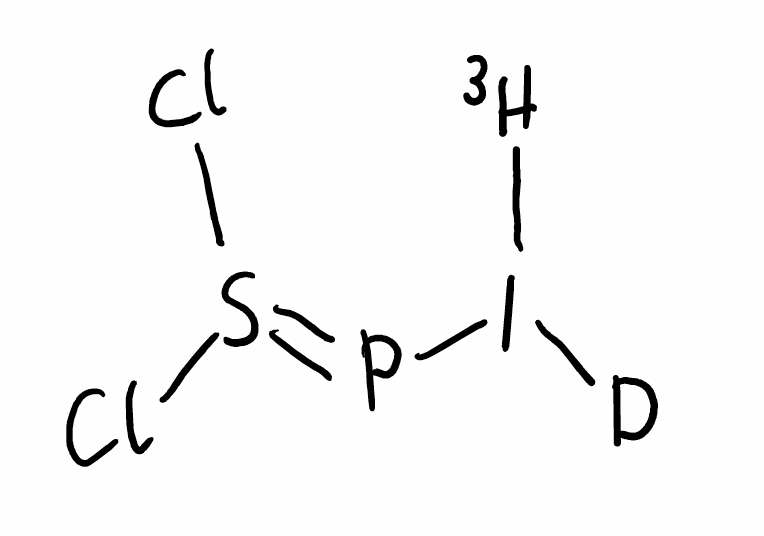
Simplified molecular-input line-entry system (SMILES) notation of the given molecule:
[2H]I([3H])P=S(Cl)Cl